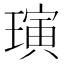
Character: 璌